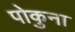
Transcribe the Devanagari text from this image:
पोकुना